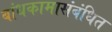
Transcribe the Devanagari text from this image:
बांधकामासंबंधित